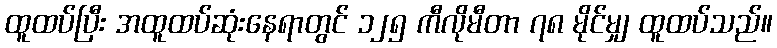
ထူထပ်ပြီး အထူထပ်ဆုံးနေရာတွင် ၁၂၅ ကီလိုမီတာ ၇၈ မိုင်မျှ ထူထပ်သည်။